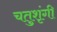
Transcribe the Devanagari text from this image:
चतुशृंगी